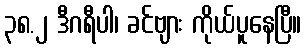
၃၈.၂ ဒီဂရီပါ၊ ခင်ဗျား ကိုယ်ပူနေပြီ။